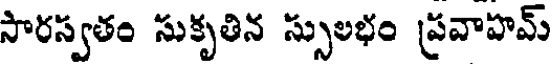
సారస్వతం సుకృతిన స్సులభం ప్రవాహమ్